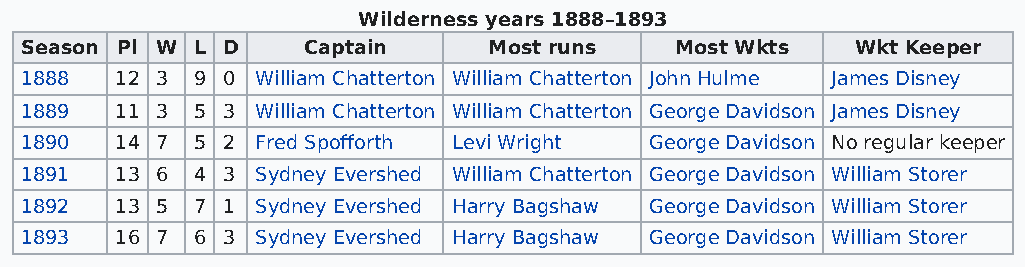
Wilderness years 1888–1893
 Season Pl W L D    Captain     Most runs    Most Wkts   Wkt Keeper
 1888   12 3 9 0 William Chatterton William Chatterton John Hulme James Disney
 1889   11 3 5 3 William Chatterton William Chatterton George Davidson James Disney
 1890   14 7 5 2 Fred Spofforth Levi Wright George Davidson No regular keeper
 1891   13 6 4 3 Sydney Evershed William Chatterton George Davidson William Storer
 1892   13 5 7 1 Sydney Evershed Harry Bagshaw George Davidson William Storer
 1893   16 7 6 3 Sydney Evershed Harry Bagshaw George Davidson William Storer